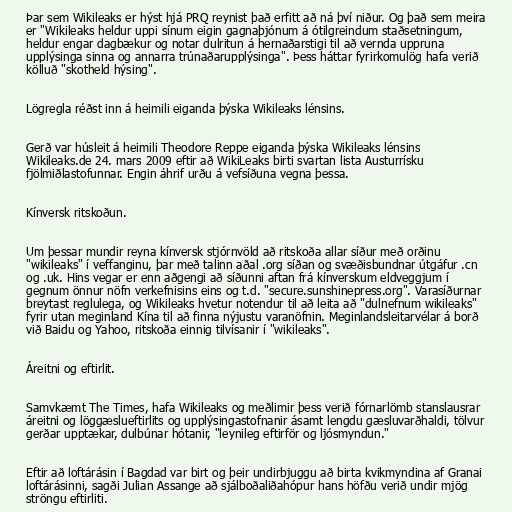
Þar sem Wikileaks er hýst hjá PRQ reynist það erfitt að ná því niður. Og það sem meira
er "Wikileaks heldur uppi sínum eigin gagnaþjónum á ótilgreindum staðsetningum,
heldur engar dagbækur og notar dulritun á hernaðarstigi til að vernda uppruna
upplýsinga sinna og annarra trúnaðarupplýsinga". Þess háttar fyrirkomulög hafa verið
kölluð "skotheld hýsing".

Lögregla réðst inn á heimili eiganda þýska Wikileaks lénsins.

Gerð var húsleit á heimili Theodore Reppe eiganda þýska Wikileaks lénsins
Wikileaks.de 24. mars 2009 eftir að WikiLeaks birti svartan lista Austurrísku
fjölmiðlastofunnar. Engin áhrif urðu á vefsíðuna vegna þessa.

Kínversk ritskoðun.

Um þessar mundir reyna kínversk stjórnvöld að ritskoða allar síður með orðinu
"wikileaks" í veffanginu, þar með talinn aðal .org síðan og svæðisbundnar útgáfur .cn
og .uk. Hins vegar er enn aðgengi að síðunni aftan frá kínverskum eldveggjum í
gegnum önnur nöfn verkefnisins eins og t.d. "secure.sunshinepress.org". Varasíðurnar
breytast reglulega, og Wikileaks hvetur notendur til að leita að "dulnefnum wikileaks"
fyrir utan meginland Kína til að finna nýjustu varanöfnin. Meginlandsleitarvélar á borð
við Baidu og Yahoo, ritskoða einnig tilvísanir í "wikileaks".

Áreitni og eftirlit.

Samvkæmt The Times, hafa Wikileaks og meðlimir þess verið fórnarlömb stanslausrar
áreitni og löggæslueftirlits og upplýsingastofnanir ásamt lengdu gæsluvarðhaldi, tölvur
gerðar upptækar, dulbúnar hótanir, "leynileg eftirför og ljósmyndun."

Eftir að loftárásin í Bagdad var birt og þeir undirbjuggu að birta kvikmyndina af Granai
loftárásinni, sagði Julian Assange að sjálboðaliðahópur hans höfðu verið undir mjög
ströngu eftirliti.